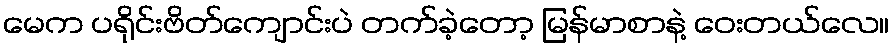
မေက ပရိုင်းဗိတ်ကျောင်းပဲ တက်ခဲ့တော့ မြန်မာစာနဲ့ ဝေးတယ်လေ။